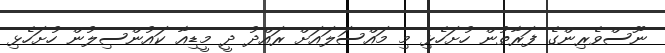
ނޫސްވެރިންގެ ފަރާތުން ހުށަހެޅި މި މައްސަލައަށް ރައްދު ދީ މީޑިއާ ކައުންސިލުން ހުށަހެޅި